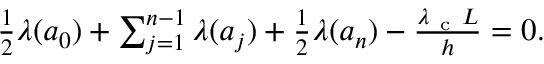
\begin{array} { r } { \frac { 1 } { 2 } \lambda ( { a } _ { 0 } ) + \sum _ { j = 1 } ^ { n - 1 } \lambda ( { a } _ { j } ) + \frac { 1 } { 2 } \lambda ( { a } _ { n } ) - \frac { \lambda _ { \mathrm { ~ c ~ } } L } { h } = 0 . } \end{array}